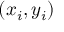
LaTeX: \left( x _ { i } , y _ { i } \right)